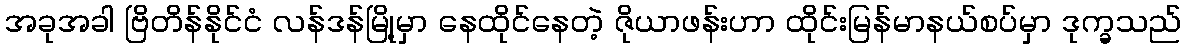
အခုအခါ ဗြိတိန်နိုင်ငံ လန်ဒန်မြို့မှာ နေထိုင်နေတဲ့ ဇိုယာဖန်းဟာ ထိုင်းမြန်မာနယ်စပ်မှာ ဒုက္ခသည်